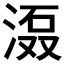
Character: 𱧎